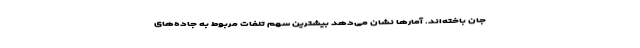
جان‌ باخته‌اند. آمارها نشان می‌دهد بیشترین سهم تلفات مربوط به جاده‌های